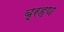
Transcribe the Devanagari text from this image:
ब़्रहण